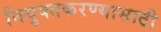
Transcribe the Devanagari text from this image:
नियुक्तकरण्यासाठी